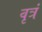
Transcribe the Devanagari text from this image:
वृत्रं